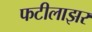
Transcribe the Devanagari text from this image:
फटीलाझर